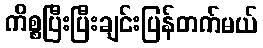
ကိစ္စပြီးပြီးချင်းပြန်တက်မယ်